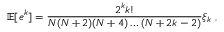
\mathbb { E } [ e ^ { k } ] = \frac { 2 ^ { k } k ! } { N ( N + 2 ) ( N + 4 ) \dots ( N + 2 k - 2 ) } \xi _ { k } \mathrm { ~ , ~ }